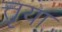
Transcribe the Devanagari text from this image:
त्तृया